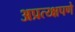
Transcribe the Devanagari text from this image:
अप्रत्य्क्षपणे